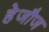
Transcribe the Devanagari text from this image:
हेजौज